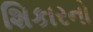
શિકારનો